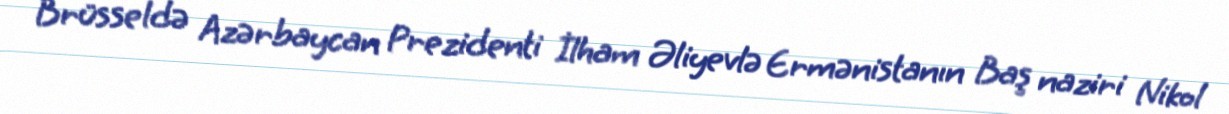
Brüsseldə Azərbaycan Prezidenti İlham Əliyevlə Ermənistanın Baş naziri Nikol